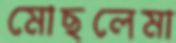
মোছলেমা